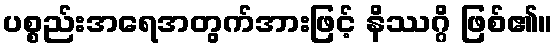
ပစ္စည်းအရေအတွက်အားဖြင့် နိဿဂ္ဂိ ဖြစ်၏။